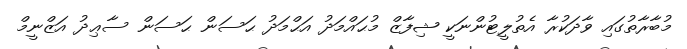
މުބާރާތުގައި ވާދަކުރާ އެތުލީޓުންނަކީ ޝިފާޒް މުޙައްމަދު އަޙްމަދު ޙަސަން ޙަސަން ސާޢިދު އަޒްނީމް